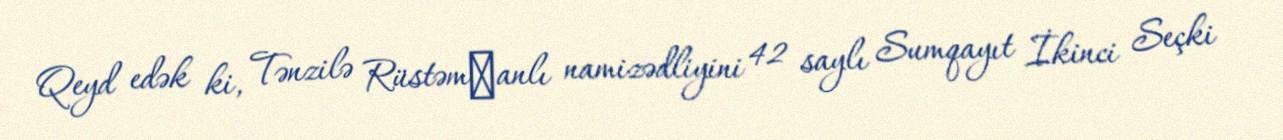
Qeyd edək ki, Tənzilə Rüstəmхanlı namizədliyini 42 saylı Sumqayıt İkinci Seçki